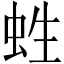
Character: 﨡